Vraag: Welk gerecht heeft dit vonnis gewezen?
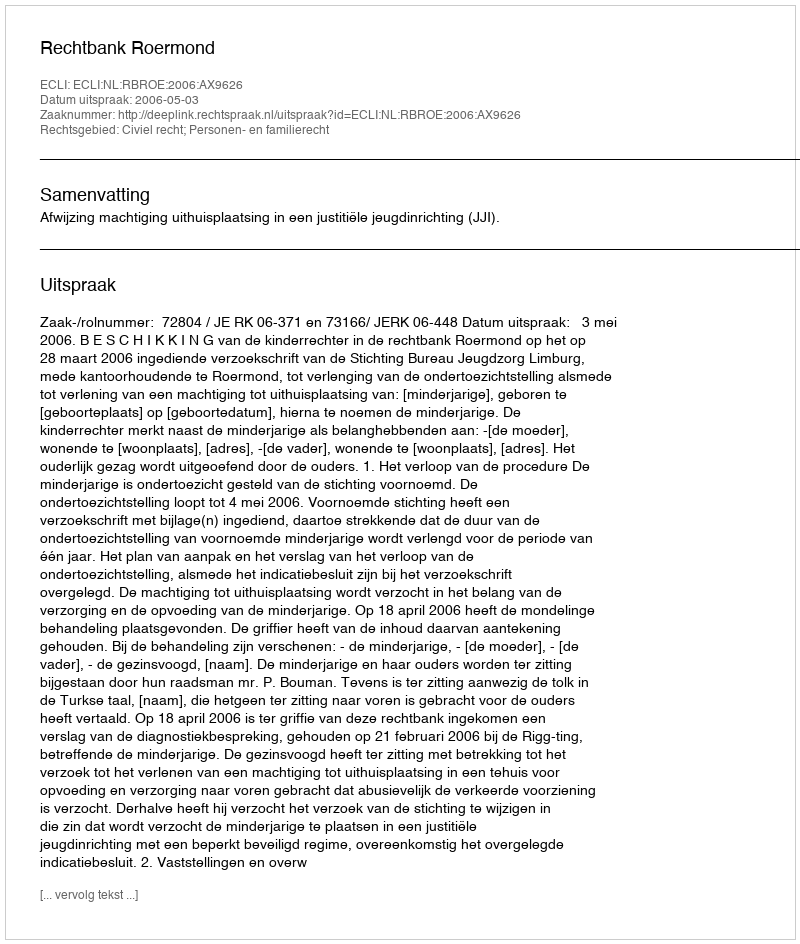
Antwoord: Rechtbank Roermond